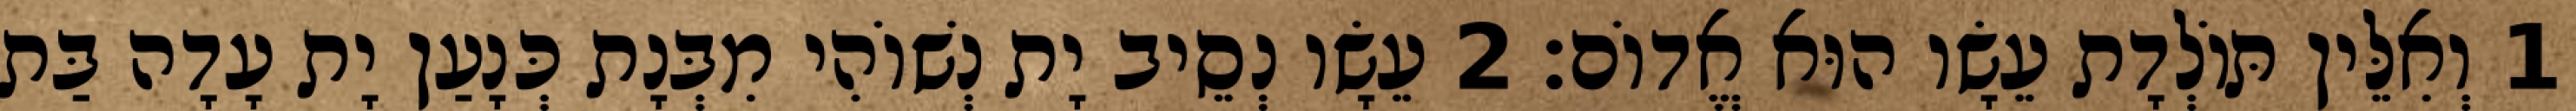
1 וְאִלֵּין תּוֹלְדָת עֵשָׂו הוּא אֱדוֹם׃ 2 עֵשָׂו נְסֵיב יָת נְשׁוֹהִי מִבְּנָת כְּנָעַן יָת עָדָה בַּת